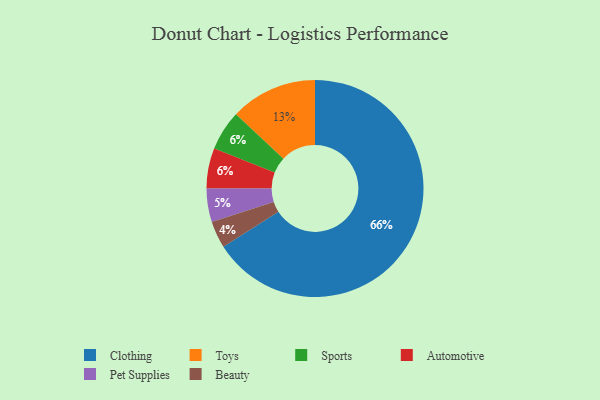
{"axis": {"x": "Category", "y": "Percentage"}, "legend": ["Automotive", "Beauty", "Clothing", "Pet Supplies", "Sports", "Toys"], "data": [{"x": "Toys", "y": 13, "type": "Toys"}, {"x": "Pet Supplies", "y": 5, "type": "Pet Supplies"}, {"x": "Clothing", "y": 66, "type": "Clothing"}, {"x": "Beauty", "y": 4, "type": "Beauty"}, {"x": "Sports", "y": 6, "type": "Sports"}, {"x": "Automotive", "y": 6, "type": "Automotive"}]}